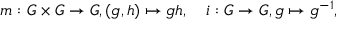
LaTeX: m : G \times G \to G , ( g , h ) \mapsto g h , \quad i : G \to G , g \mapsto g ^ { - 1 } ,